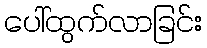
ပေါ်ထွက်လာခြင်း